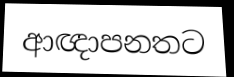
ආඥාපනතට